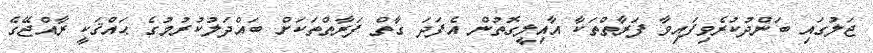
ޖަލުގައި ބަންދުކުރެވިފައިވާ ފަރާތްތަކާ އާއިލީގޮތުން އެފަދަ ގާތް ފަރާތްތަކަށް ބައްދަލުކުރުމުގެ ޙައްޤަކީ ރާއްޖޭގެ